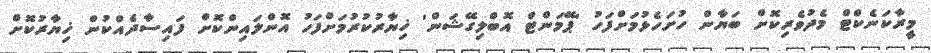
މީރާކަނެކްޓް މެދުވެރިކޮށް ބަޔާން ހުށަހެޅުމަށްފަހު 'ޕޭމަންޓް އޮބްލިގޭޝަން' ޚިޔާރުކުރުމަށްފަހު އޮންލައިންކޮށް ފައިސާދެއްކުން ޚިޔާރުކޮށް